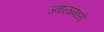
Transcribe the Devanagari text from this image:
ज्वाळांमध्ये